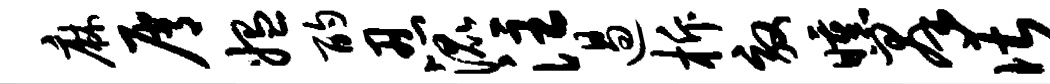
麻屑媪酌忍混注遏柝效曛群谌